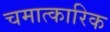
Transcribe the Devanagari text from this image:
चमात्कारिक